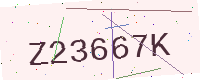
Text: Z23667K